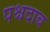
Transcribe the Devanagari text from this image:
पश्चदाब